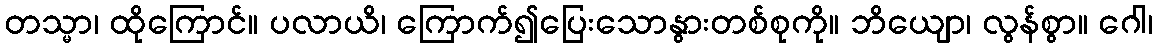
တသ္မာ၊ ထိုကြောင်။ ပလာယိ၊ ကြောက်၍ပြေးသောနွားတစ်စုကို။ ဘိယျော၊ လွန်စွာ။ ဂေါ၊